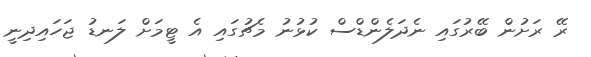
ރޭ ރަށުން ބޭރުގައި ނެދަލެންޑްސް ކުޅުނު މެޗުގައި އެ ޓީމަށް ލަނޑު ޖަހައިދިނީ